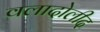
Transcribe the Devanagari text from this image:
वलादोलीद